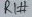
Text: R1#